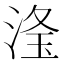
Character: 𣶳